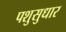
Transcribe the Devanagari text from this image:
पशुसुधार